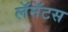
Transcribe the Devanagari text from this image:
लॅनॅटस